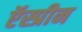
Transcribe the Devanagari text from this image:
ऍस्प्रीन